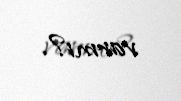
varmı?.